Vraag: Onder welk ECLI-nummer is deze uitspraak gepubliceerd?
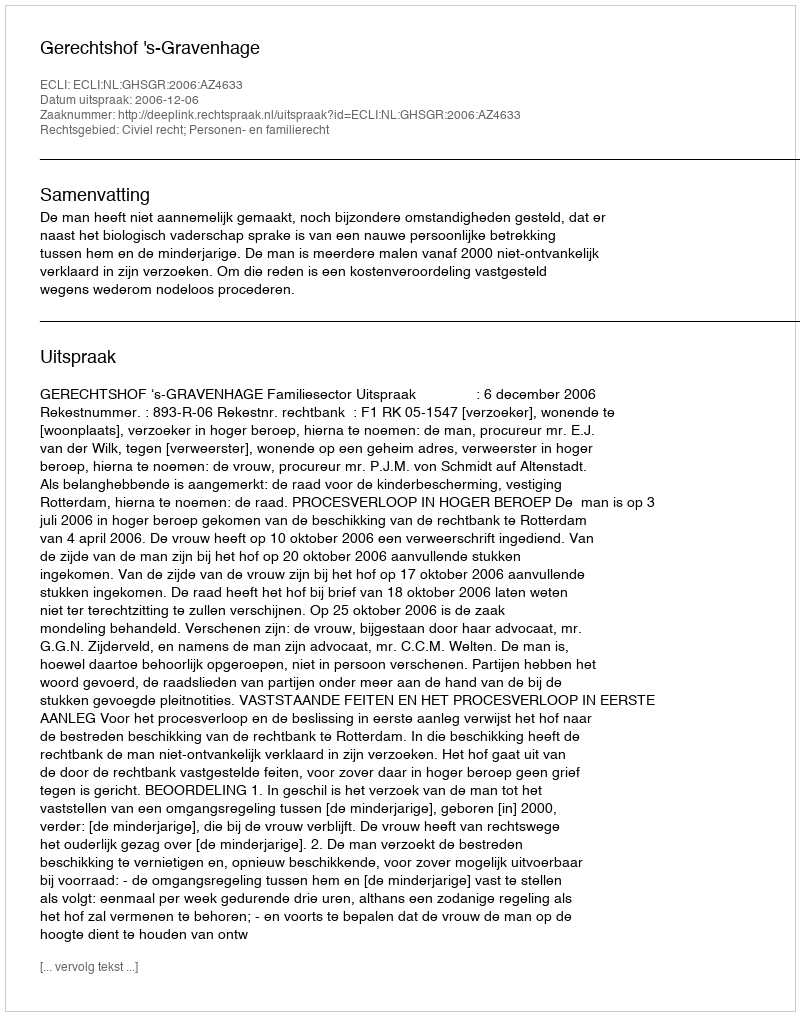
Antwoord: ECLI:NL:GHSGR:2006:AZ4633